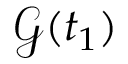
\mathcal { G } ( t _ { 1 } )